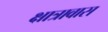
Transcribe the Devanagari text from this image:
क्षात्रावास